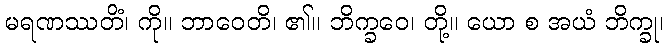
မရဏဿတိံ၊ ကို။ ဘာဝေတိ၊ ၏။ ဘိက္ခဝေ၊ တို့။ ယော စ အယံ ဘိက္ခု၊